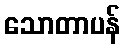
သောတာပန်